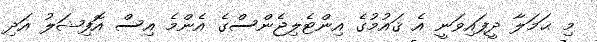
މި ޙަމަލާ ދީފައިވަނީ އެ ޤައުމުގެ އިންޓެލިޖެންސްގެ އެންމެ އިސް އޮފިޝަލު އަދި